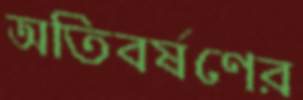
অতিবর্ষণের